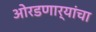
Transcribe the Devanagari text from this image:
ओरडणार्‍यांचा